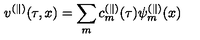
v ^ { ( \parallel ) } ( \tau , x ) = \sum _ { m } c _ { m } ^ { ( \parallel ) } ( \tau ) \psi _ { m } ^ { ( \parallel ) } ( x )